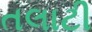
તલાટી